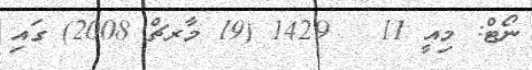
ނޯޓް: މިއީ 11   1429 (19 މާރޗް 2008) ގައި